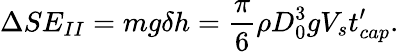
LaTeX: \Delta SE_{II}=mg\delta h=\frac{\pi}{6}\rho D_{0}^{3}gV_{s}t_{cap}^{\prime}.